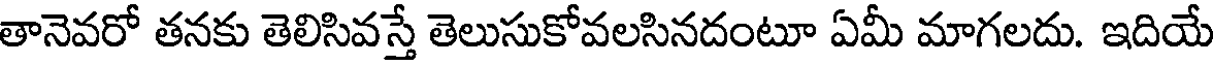
తానెవరో తనకు తెలిసివస్తే తెలుసుకోవలసినదంటూ ఏమీ మాగలదు. ఇదియే